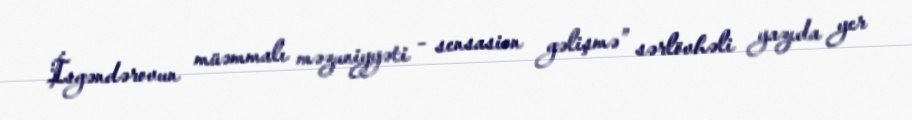
İsgəndərovun müəmmalı məzuniyyəti - sensasion gəlişmə” sərlövhəli yazıda yer